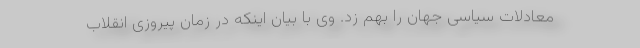
معادلات سیاسی جهان را بهم زد. وی با بیان اینکه در زمان پیروزی انقلاب